Civil Veterinary Department. Central Provinces & Berar 1932-41 - 1932-1941
Year: 1932
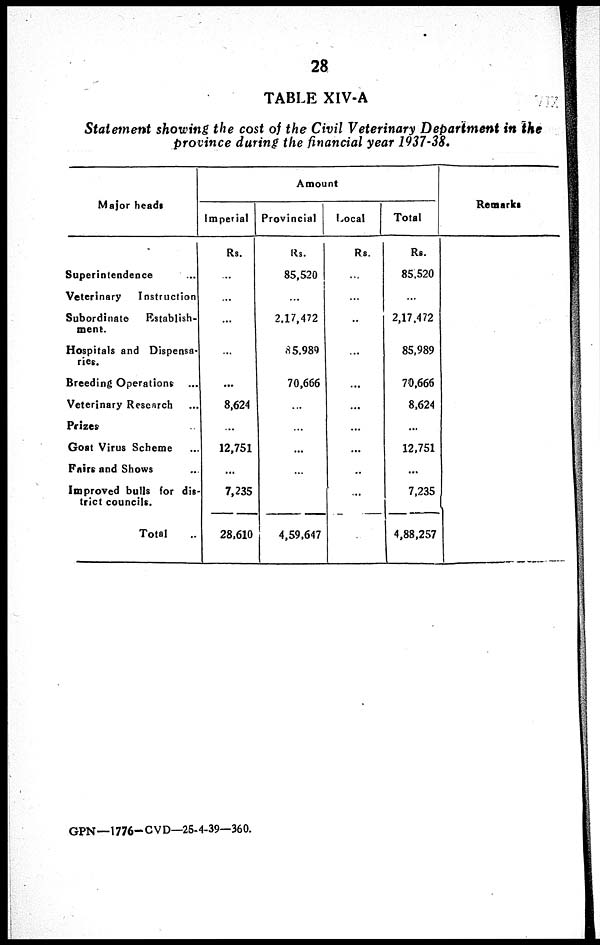
28
TABLE XIV-A
Statement showing the cost of the Civil Veterinary Department in the
province during the financial year 1937-38.
Major heads
Superintendence ...
Veterinary
Instruction
Subordinate
Establish-
ment.
Hospitals and Dispensa-
ries.
Breeding Operations
Veterinary Research ...
Prizes
Goat Virus Scheme
Fairs and Shows ...
Improved bulls for dis-
trict councils.
Total
Amount
Imperial
Rs.
...
...
...
...
...
8,624
...
12,751
...
7,235
28,610
Provincial
Rs.
85,520
2,17,472
85,989
70,666
...
...
...
4,59,647
Local
Rs.
...
...
...
...
...
...
...
...
Total
Rs.
85,520
2,17,472
85,989
70,666
8,624
12,751
...
7,235
4,88,257
Remarks
GPN—1776-CVD—25-4-39— 360.